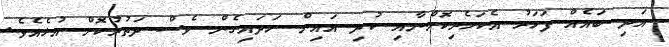
އަދި ބައެއް ފަހަރު އެކަހެރިކޮށްނާއި ކުދި އައިން ހަދައިގެން ވެސް ދަތުރުކޮށް އުޅެއެވެ.